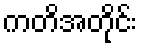
ကတိအတိုင်း